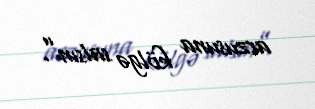
arzusuna kölgə salsın”.